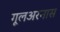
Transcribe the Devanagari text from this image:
गूलअरनास